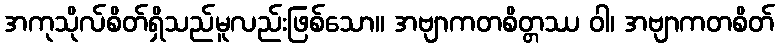
အကုသိုလ်စိတ်ရှိသည်မူလည်းဖြစ်သော။ အဗျာကတစိတ္တဿ ဝါ၊ အဗျာကတစိတ်